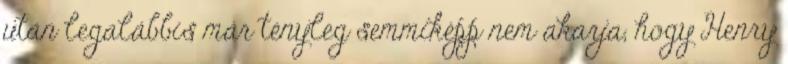
után legalábbis már tényleg semmiképp nem akarja, hogy Henry